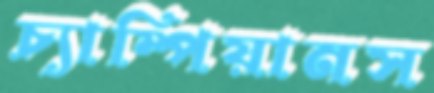
চ্যাম্পিয়ানস